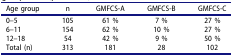
<table><thead><tr><td><b>Age group</b></td><td><b>n</b></td><td><b>GMFCS-A</b></td><td><b>GMFCS-B</b></td><td><b>GMFCS-C</b></td></tr></thead><tbody><tr><td>0–5</td><td>105</td><td>61 %</td><td>7 %</td><td>27 %</td></tr><tr><td>6–11</td><td>154</td><td>62 %</td><td>10 %</td><td>27 %</td></tr><tr><td>12–18</td><td>54</td><td>42 %</td><td>9 %</td><td>50 %</td></tr><tr><td>Total (n)</td><td>313</td><td>181</td><td>28</td><td>102</td></tr></tbody></table>